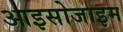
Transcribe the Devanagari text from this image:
आइसोजाइम